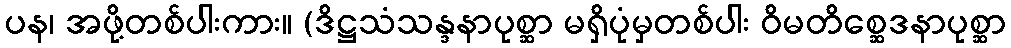
ပန၊ အဖို့တစ်ပါးကား။ (ဒိဋ္ဌသံသန္ဒနာပုစ္ဆာ မရှိပုံမှတစ်ပါး ဝိမတိစ္ဆေဒနာပုစ္ဆာ